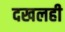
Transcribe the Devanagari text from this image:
दखलही